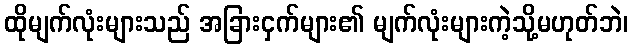
ထိုမျက်လုံးများသည် အခြားငှက်များ၏ မျက်လုံးများကဲ့သို့မဟုတ်ဘဲ၊